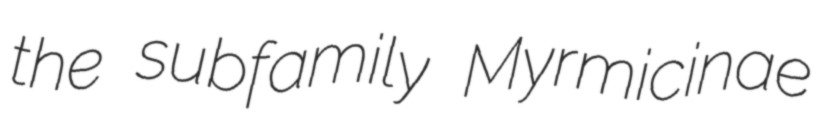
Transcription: the subfamily Myrmicinae